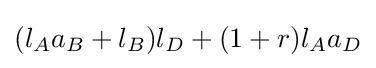
(l_{A}a_{B}+l_{B})l_{D}+(1+r)l_{A}a_{D}